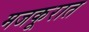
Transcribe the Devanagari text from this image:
मजकूरात